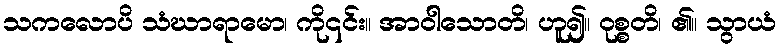
သကလောပိ သံဃာရာမော၊ ကို၎င်း။ အာဝါသောတိ၊ ဟူ၍။ ဝုစ္စတိ၊ ၏။ သွာယံ